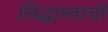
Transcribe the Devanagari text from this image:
सिद्धाम्ताची